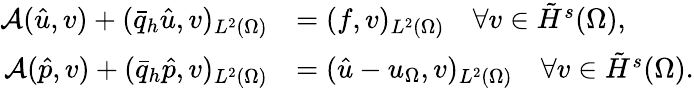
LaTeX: \begin{array}{rl}{\mathcal{A}(\hat{u},v)+(\bar{q}_{h}\hat{u},v)_{L^{2}(\Omega)}}&{=(f,v)_{L^{2}(\Omega)}\quad\forall v\in\tilde{H}^{s}(\Omega),}\\ {\mathcal{A}(\hat{p},v)+(\bar{q}_{h}\hat{p},v)_{L^{2}(\Omega)}}&{=(\hat{u}-u_{\Omega},v)_{L^{2}(\Omega)}\quad\forall v\in\tilde{H}^{s}(\Omega).}\end{array}